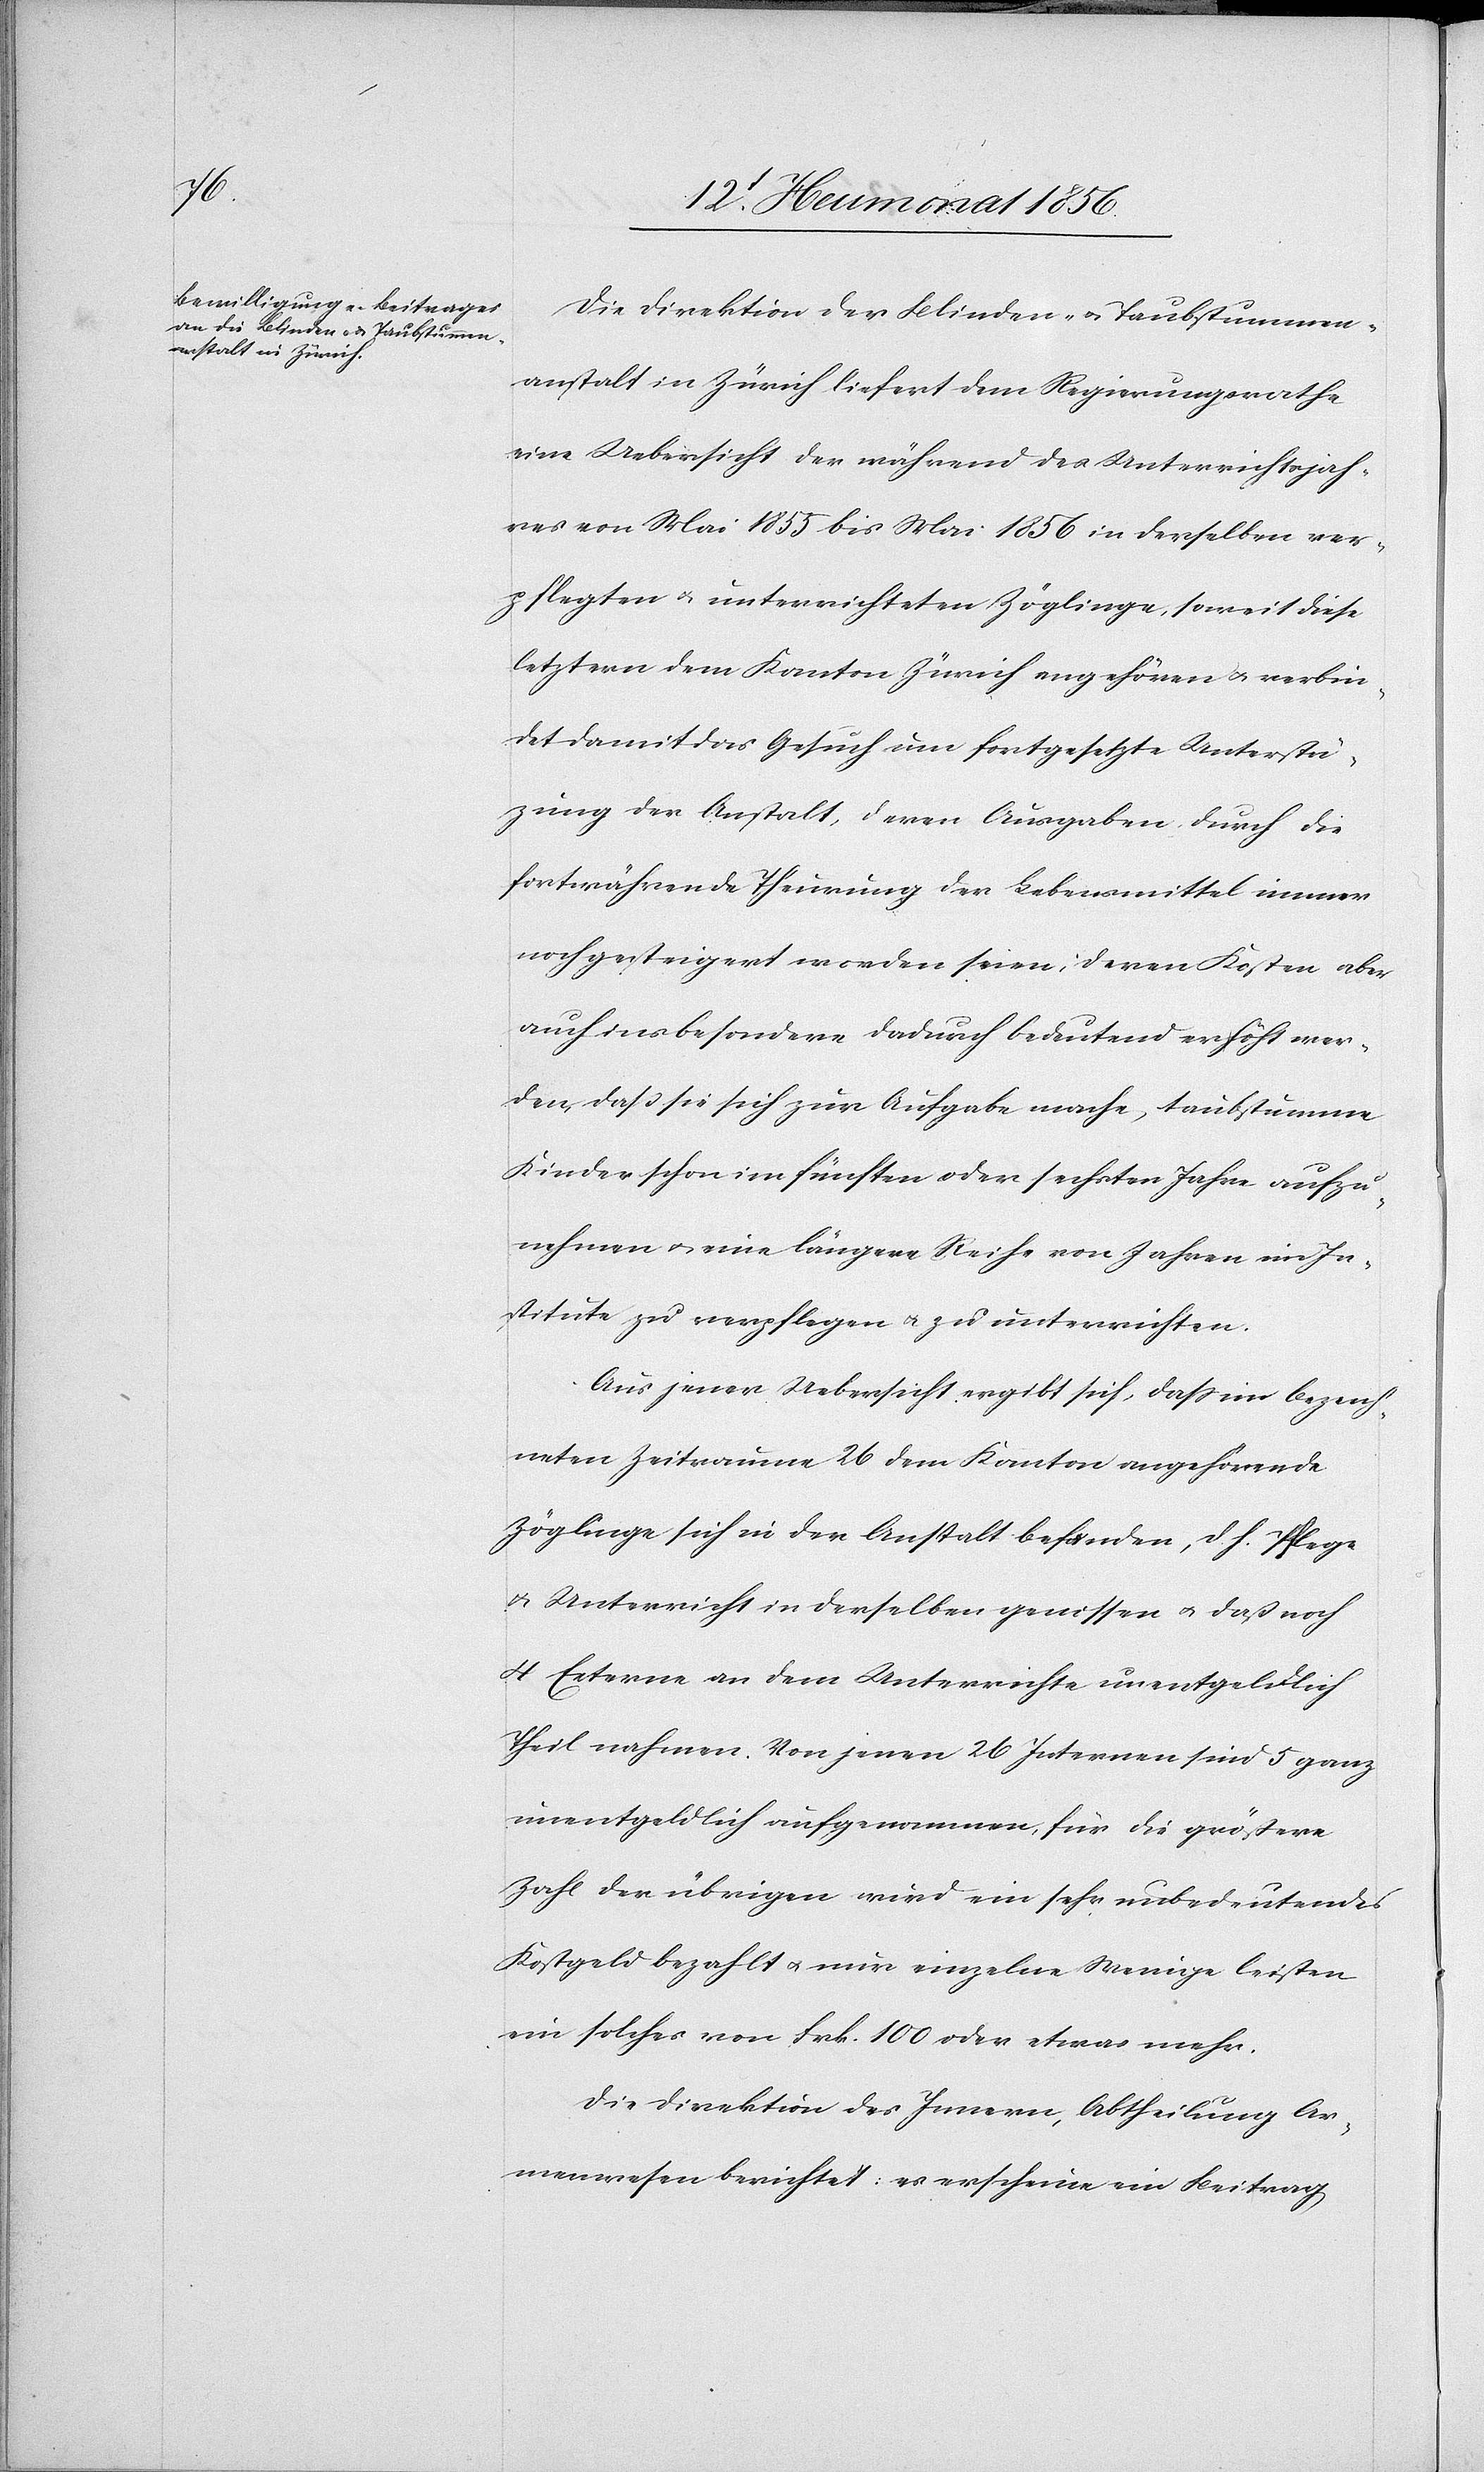
Die Direktion der Blinden- u. Taubstummen¬
anstalt in Zürich liefert dem Regierungsrathe
eine Uebersicht der während des Unterrichtsjah¬
res von Mai 1855 bis Mai 1856 in derselben ver¬
pflegten u. unterrichteten Zöglinge, soweit diese
letztern dem Kanton Zürich angehören u. verbin¬
det damit das Gesuch um fortgesetzte Unterstüt¬
zung der Anstalt, deren Ausgaben durch die
fortwährende Theurung der Lebensmittel immer
noch gesteigert worden seien; deren Kosten aber
auch insbesondere dadurch bedeutend erhöht wer¬
den, dass sie sich zur Aufgabe mache, taubstumme
Kinder schon im fünften oder sechsten Jahre aufzu¬
nehmen u. eine längere Reihe von Jahren im In¬
stitute zu verpflegen u. zu unterrichten.
Aus jener Uebersicht ergibt sich, dass im bezeich¬
neten Zeitraume 26 dem Kanton angehörende
Zöglinge sich in der Anstalt befinden, d. h. Pflege
u. Unterricht in derselben genissen u. daß noch
4 externe an dem Unterrichte unentgeldlich
Theil nahmen. Von jenen 26 Internen sind 5 ganz
unentgeldlich aufgenommen, für die größere
Zahl der übrigen wird ein sehr unbedeutendes
Kostgeld bezahlt u. nur einzelne Wenige leisten
ein solches von Frk. 100 oder etwas mehr.
Die Direktion des Innern, Abtheilung Ar¬
menwesen berichtet: es erscheine ein Beitrag